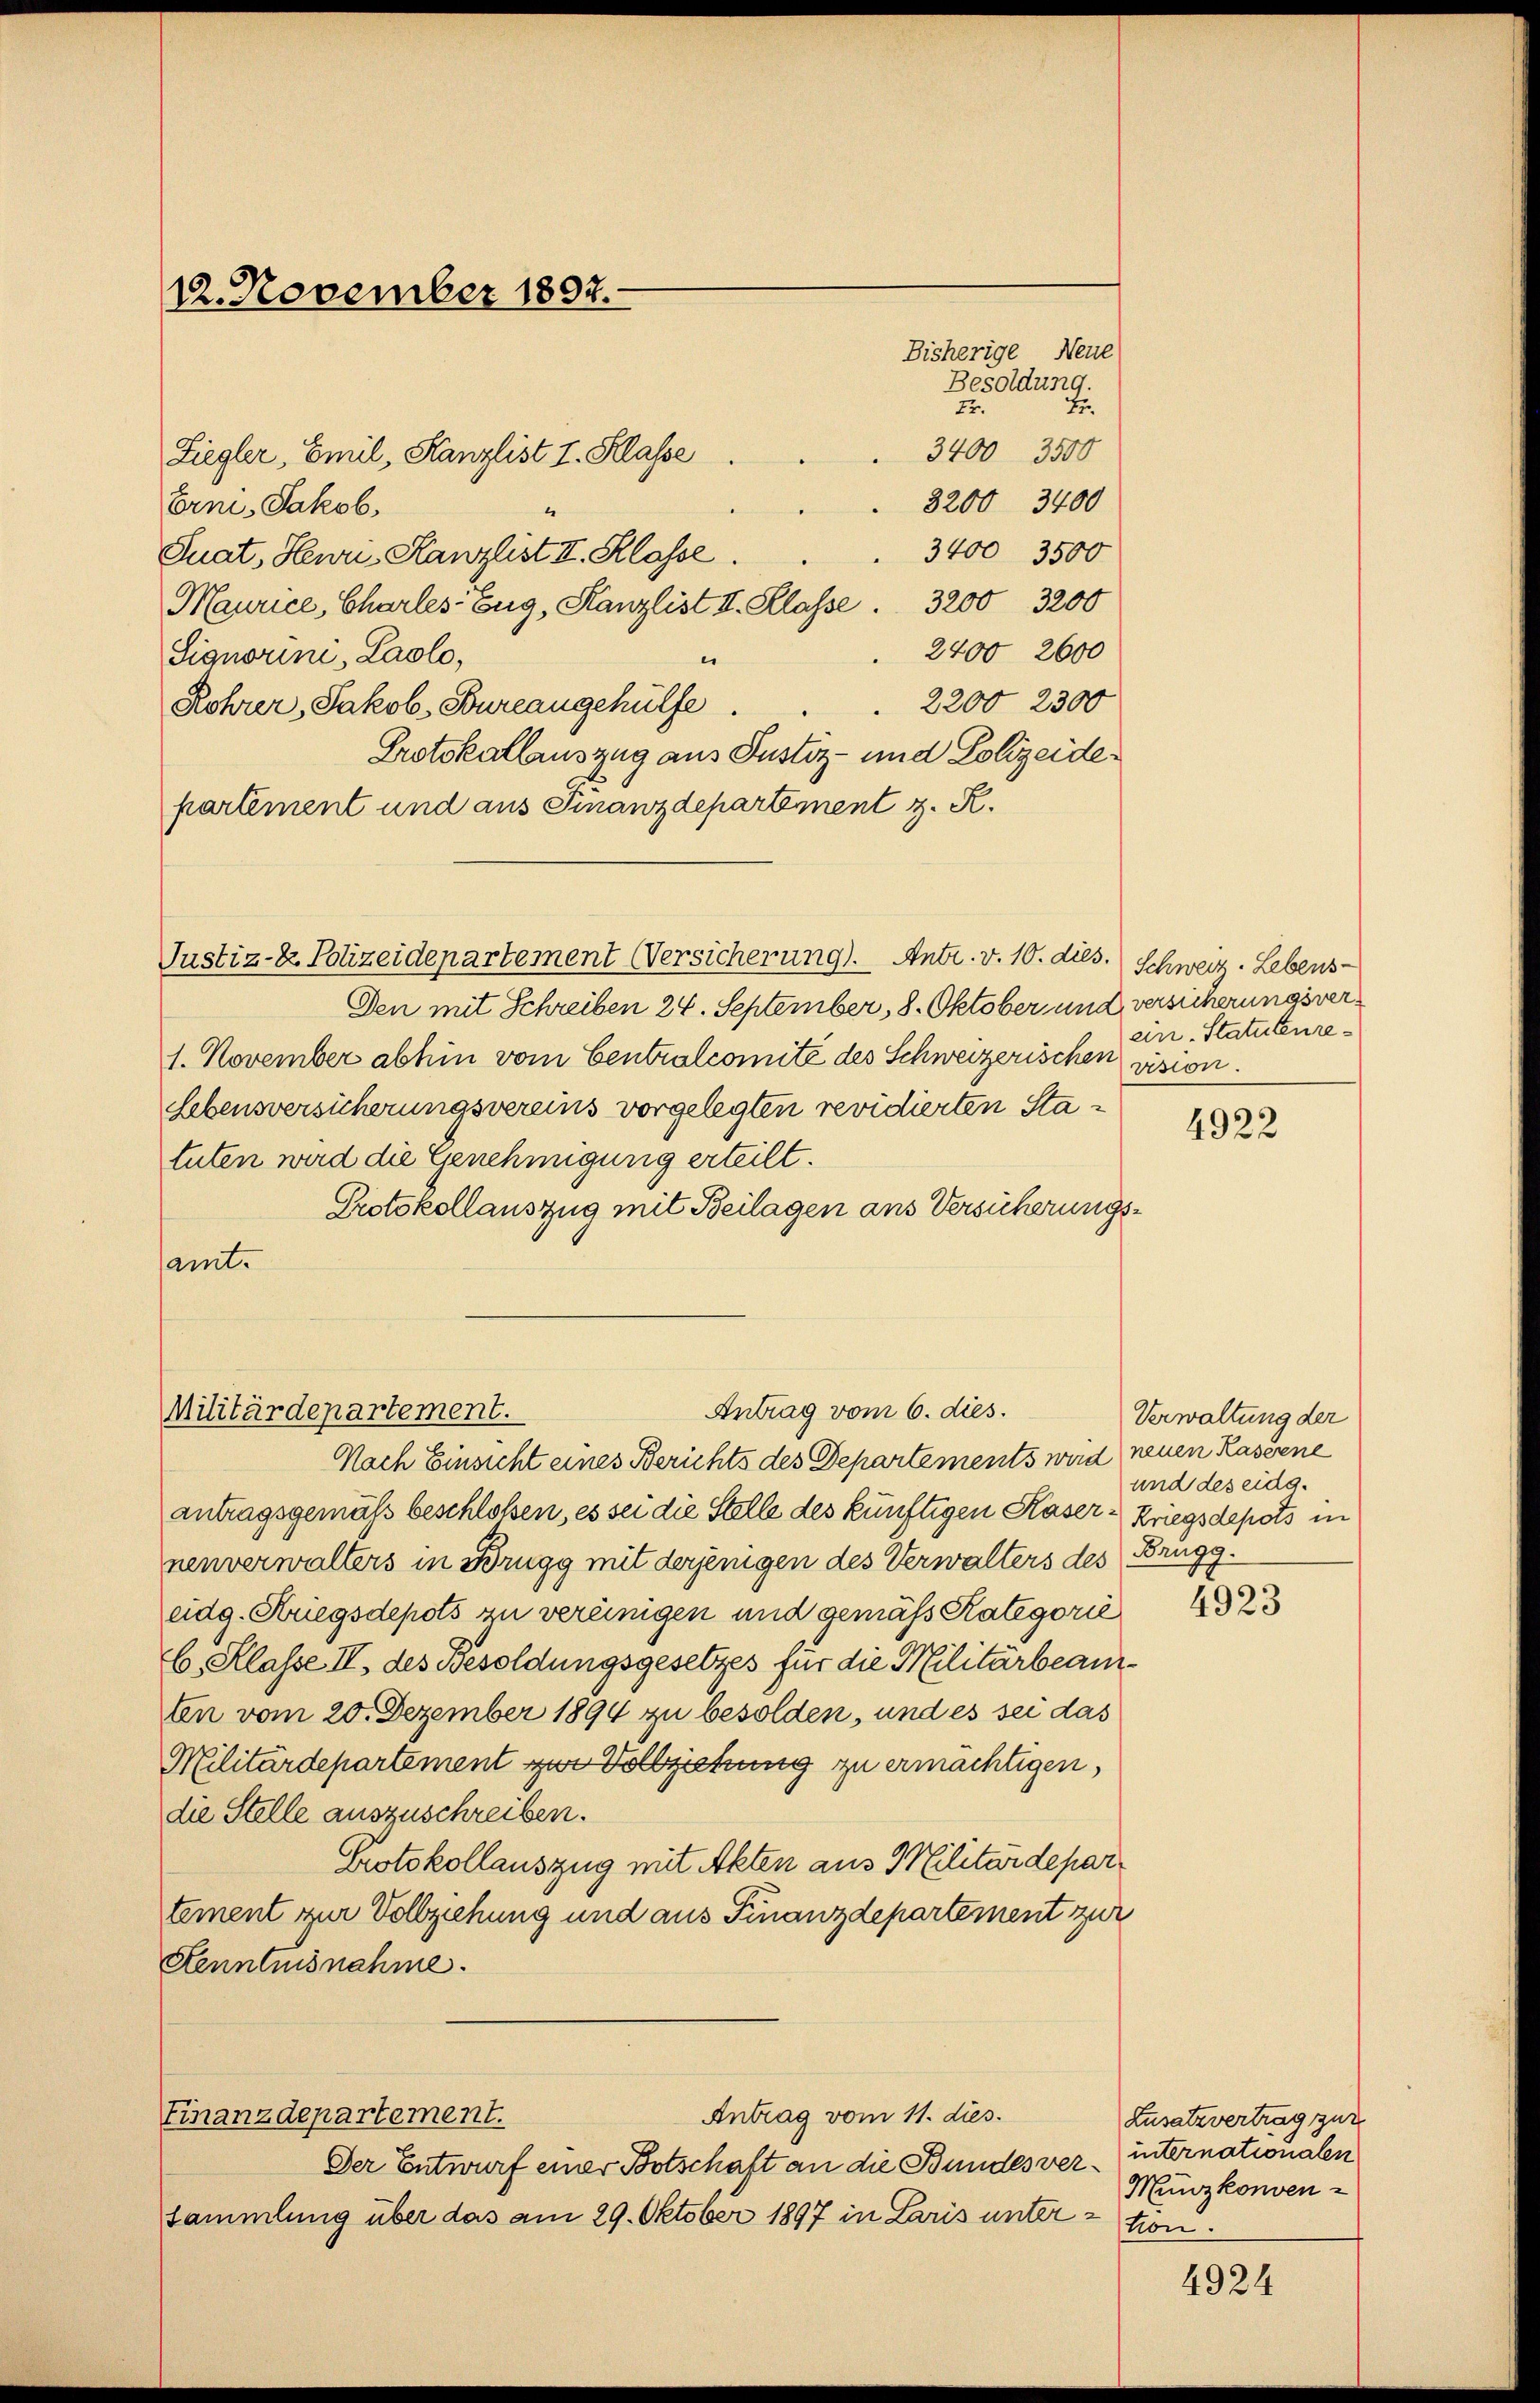
12. November 1892.

3400 3500
Liegler, Emil, Kanzlist I. Klasse
3200 3400
Erni, Jakob.
3400 3500
Guat, Heuri, Kanzlist II. Klasse.
Maurice, Charles-Eug, Kanzlist II. Klasse           3200 3200
2400 2600
Signorini, Laolo,
er
 2200 2300
Rohrer, Jakob Bureangehülfe.
Protokollauszug aus Justiz- und Polizeide
partement und aus Finanzdepartement z. R.

Justiz- & Polizeidepartement Versicherung). Antr. v. 10. dies. Schweiz. Lebens-

Militärdepartement.

Antrag vom 6. dies.

Bisherige Neue

Antrag vom 11. dies.
Finanzdepartement.

Besoldung.
Er.
te.

Den mit Schreiben 24. September, 8. Oktober und versicherungsver¬
1. November abhin vom Centralcomité des Schweizerischen vision.
Lebensversicherungsvereins vorgelegten revidierten Statuten wird die Genehmigung erteilt.
Protokollauszug mit Beilagen ans Versicherungsamt.

Nach Einsicht eines Berichts des Departements wird neuen Rasiene
antragsgemäß beschloßen, es sei die Stelle des künftigen Kaser Kriegsdepots in
nenverwalters in Brugg mit derjenigen des Verwalters des Brügg
eidg. Kriegsdepots zu vereinigen und gemäß Kategorie
6. Klasse II. des Besoldungsgesetzes für die Militärbeamten vom 20. Dezember 1894 zu besolden, und es sei das
Militärdepartement zur Vollziehung zu ermächtigen,
die Stelle auszuschreiben.
Protokollauszug mit Akten aus Militärdepartement zur Vollziehung und aus Finanzdepartement zur
Stenntnisnahme.

Der Entwurf einer Botschaft an die Bundes ver
sammlung über das am 29. Oktober 1897 in Laris unter¬

ein Statutenre¬

4922

Verwaltung der
und des eidg.

4923

Lusatzvertrag zur
internationalen
2
Münzkonven-
tion.

4924